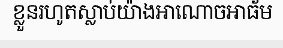
ខ្លួនរហូតស្លាប់យ៉ាងអាណោចអាធ័ម